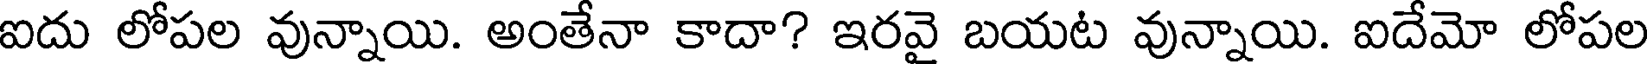
ఐదు లోపల వున్నాయి. అంతేనా కాదా? ఇరవై బయట వున్నాయి. ఐదేమో లోపల